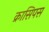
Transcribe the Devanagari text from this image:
क्रासिपस